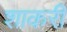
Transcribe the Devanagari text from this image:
शाकरी